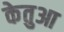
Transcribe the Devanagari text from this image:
केतुआ